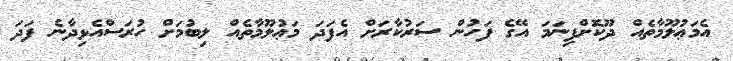
އެމަޢުލޫމާތެއް ދޫކޮށްފިނަމަ އޭގެ ފަހުން ސަރުކާރަށް އެފަދަ މަޢުލޫމާތެއް ލިބުމަށް ހުރަސްއެޅިދާނެ ފަދަ